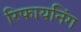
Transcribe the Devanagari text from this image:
रिफायनिंग